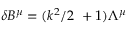
\delta B ^ { \mu } = ( k ^ { 2 } / 2 \, \, + 1 ) \Lambda ^ { \mu }